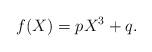
LaTeX: \begin{align*}f(X)=pX^3+q.\end{align*}